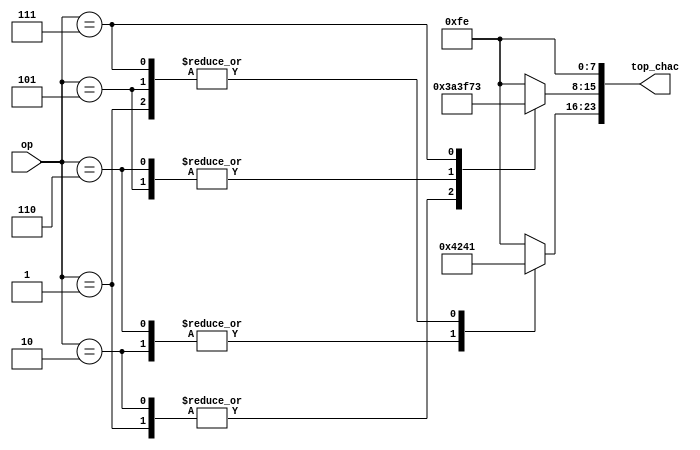
module lcd_print_top
    (
        input wire [2:0]op,
        output reg [23:0]top_chac
    );

always@* begin
    case(op)
        3'b000: begin  //timer
            top_chac[23:16]=8'hfe;
            top_chac[15:8]=8'hfe;
            top_chac[7:0]=8'hfe;
        end

        3'b001: begin  //show a
            top_chac[23:16]=8'h41;
            top_chac[15:8]=8'h3a;
            top_chac[7:0]=8'hfe;
        end

        3'b101: begin  //edit a
            top_chac[23:16]=8'h41;
            top_chac[15:8]=8'h3f;
            top_chac[7:0]=8'hfe;
        end

        3'b010: begin  //show b
            top_chac[23:16]=8'h42;
            top_chac[15:8]=8'h3a;
            top_chac[7:0]=8'hfe;
        end

        3'b110: begin  //edit b
            top_chac[23:16]=8'h42;
            top_chac[15:8]=8'h3f;
            top_chac[7:0]=8'hfe;
        end


        3'b111: begin   //answer 
            top_chac[23:16]=8'h41;
            top_chac[15:8]=8'h73;
            top_chac[7:0]=8'hfe;
        end

        default: begin
            top_chac[23:16]=8'hfe;
            top_chac[15:8]=8'hfe;
            top_chac[7:0]=8'hfe;
        end

    endcase
end

endmodule